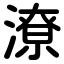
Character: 潦